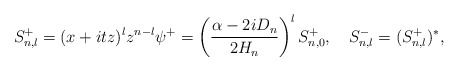
\begin{align*}S_{n,l}^+=(x+itz)^lz^{n-l}\psi^+=\left(\frac{\alpha-2iD_n}{2H_n}\right)^lS^+_{n,0},\quad S^-_{n,l}=(S^+_{n,l})^*,\end{align*}